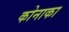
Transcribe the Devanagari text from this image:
कोनाका